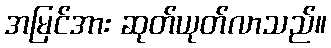
အမြင်အား ဆုတ်ယုတ်လာသည်။